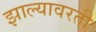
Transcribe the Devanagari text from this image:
झाल्यावरती